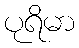
ပုရိမာ